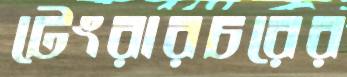
টেংরারচরের